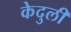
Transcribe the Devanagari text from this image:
केदुली